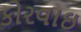
કોરવાઇ